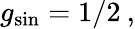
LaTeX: g_{\mathrm{sin}}=1/2\: ,